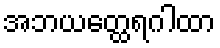
အဘယတ္ထေရဂါထာ